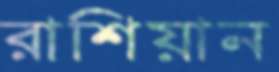
রাশিয়ান